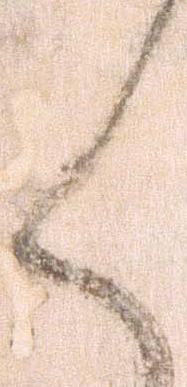
く